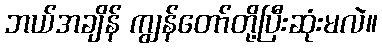
ဘယ်အချိန် ကျွန်တော်တို့ပြီးဆုံးမလဲ။